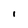
Character: i